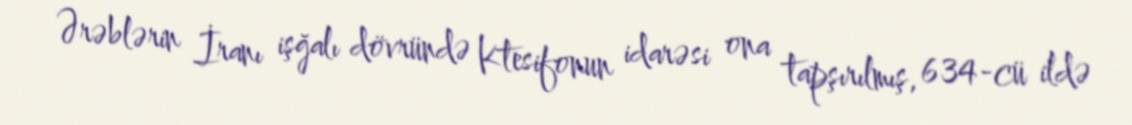
Ərəblərin İranı işğalı dövründə Ktesifonun idarəsi ona tapşırılmış, 634-cü ildə